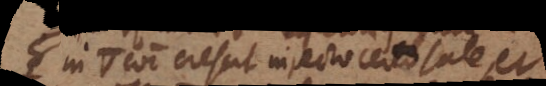
in △ communi crescit injecto certo sale, et